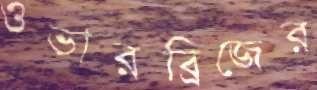
ওভারব্রিজের